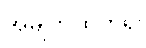
အမျက်ထွက်၍